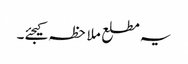
یہ مطلع ملاحظہ کیجئے۔